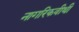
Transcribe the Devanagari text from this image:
नागरिकवीथी